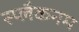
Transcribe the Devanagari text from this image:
स्प्लैकनम